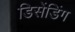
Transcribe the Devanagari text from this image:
डिसेंडिंग